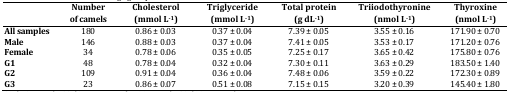
<table><thead><tr><td></td><td><b>Number of camels</b></td><td><b>Cholesterol(mmol L<sup>-1</sup>)</b></td><td><b>Triglyceride(mmol L<sup>-1</sup>)</b></td><td><b>Total protein(g dL<sup>-1</sup>)</b></td><td><b>Triiodothyronine(nmol L<sup>-1</sup>)</b></td><td><b>Thyroxine(nmol L<sup>-1</sup>)</b></td></tr></thead><tbody><tr><td><b>All samples</b></td><td>180</td><td>0.86 ± 0.03</td><td>0.37 ± 0.04</td><td>7.39 ± 0.05</td><td>3.55 ± 0.16</td><td>171.90 ± 0.70</td></tr><tr><td><b>Male </b></td><td>146</td><td>0.88 ± 0.03</td><td>0.37 ± 0.04</td><td>7.41 ± 0.05</td><td>3.53 ± 0.17</td><td>171.20 ± 0.76</td></tr><tr><td><b>Female </b></td><td>34</td><td>0.78 ± 0.06</td><td>0.35 ± 0.05</td><td>7.25 ± 0.17</td><td>3.65 ± 0.42</td><td>175.80 ± 0.76</td></tr><tr><td><b>G1 </b></td><td>48</td><td>0.78 ± 0.04</td><td>0.32 ± 0.04</td><td>7.30 ± 0.11</td><td>3.63 ± 0.29</td><td>183.50 ± 1.40</td></tr><tr><td><b>G2 </b></td><td>109</td><td>0.91 ± 0.04</td><td>0.36 ± 0.04</td><td>7.48 ± 0.06</td><td>3.59 ± 0.22</td><td>172.30 ± 0.89</td></tr><tr><td><b>G3 </b></td><td>23</td><td>0.86 ± 0.07</td><td>0.51 ± 0.08</td><td>7.15 ± 0.15</td><td>3.20 ± 0.39</td><td>145.40 ± 1.80</td></tr></tbody></table>